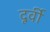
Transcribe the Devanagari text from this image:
दूर्वी